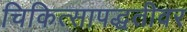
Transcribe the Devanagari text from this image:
चिकित्सापद्धतीवर